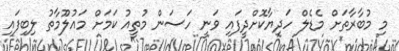
މި މުބާރާތަށް މެޑެލް ހަދިޔާކޮށްދީފައި ވަނީ ހަސަން މުތީއު ކަމަށް މައުލޫމާތު ލިބިފައި